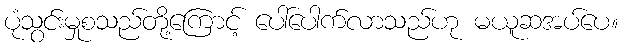
ပုံသွင်းမှုစသည်တို့ကြောင့် ပေါ်ပေါက်လာသည်ဟု မယူဆအပ်ပေ။